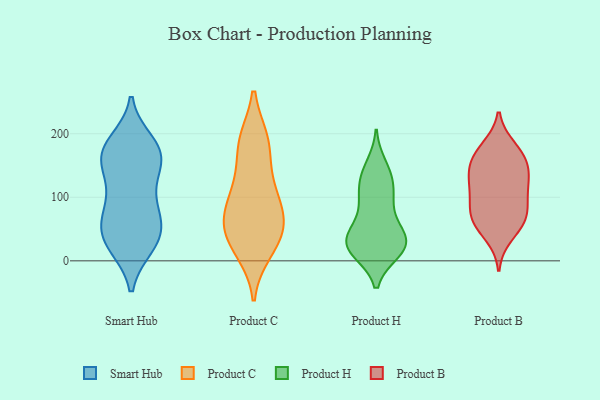
{"axis": {"x": "Latency (ms)", "y": "Value"}, "legend": ["Product B", "Product C", "Product H", "Smart Hub"], "data": [{"x": "", "y": 170, "type": "Smart Hub"}, {"x": "", "y": 153, "type": "Smart Hub"}, {"x": "", "y": 24, "type": "Smart Hub"}, {"x": "", "y": 123, "type": "Smart Hub"}, {"x": "", "y": 166, "type": "Smart Hub"}, {"x": "", "y": 84, "type": "Smart Hub"}, {"x": "", "y": 120, "type": "Smart Hub"}, {"x": "", "y": 47, "type": "Smart Hub"}, {"x": "", "y": 168, "type": "Smart Hub"}, {"x": "", "y": 61, "type": "Smart Hub"}, {"x": "", "y": 72, "type": "Smart Hub"}, {"x": "", "y": 72, "type": "Smart Hub"}, {"x": "", "y": 176, "type": "Smart Hub"}, {"x": "", "y": 28, "type": "Smart Hub"}, {"x": "", "y": 186, "type": "Smart Hub"}, {"x": "", "y": 169, "type": "Smart Hub"}, {"x": "", "y": 31, "type": "Smart Hub"}, {"x": "", "y": 29, "type": "Smart Hub"}, {"x": "", "y": 188, "type": "Product C"}, {"x": "", "y": 68, "type": "Product C"}, {"x": "", "y": 104, "type": "Product C"}, {"x": "", "y": 106, "type": "Product C"}, {"x": "", "y": 130, "type": "Product C"}, {"x": "", "y": 54, "type": "Product C"}, {"x": "", "y": 184, "type": "Product C"}, {"x": "", "y": 65, "type": "Product C"}, {"x": "", "y": 33, "type": "Product C"}, {"x": "", "y": 16, "type": "Product C"}, {"x": "", "y": 26, "type": "Product C"}, {"x": "", "y": 188, "type": "Product C"}, {"x": "", "y": 65, "type": "Product C"}, {"x": "", "y": 104, "type": "Product H"}, {"x": "", "y": 19, "type": "Product H"}, {"x": "", "y": 29, "type": "Product H"}, {"x": "", "y": 137, "type": "Product H"}, {"x": "", "y": 19, "type": "Product H"}, {"x": "", "y": 48, "type": "Product H"}, {"x": "", "y": 17, "type": "Product H"}, {"x": "", "y": 149, "type": "Product H"}, {"x": "", "y": 131, "type": "Product H"}, {"x": "", "y": 30, "type": "Product H"}, {"x": "", "y": 89, "type": "Product H"}, {"x": "", "y": 26, "type": "Product H"}, {"x": "", "y": 87, "type": "Product H"}, {"x": "", "y": 15, "type": "Product H"}, {"x": "", "y": 41, "type": "Product H"}, {"x": "", "y": 44, "type": "Product H"}, {"x": "", "y": 117, "type": "Product H"}, {"x": "", "y": 60, "type": "Product B"}, {"x": "", "y": 106, "type": "Product B"}, {"x": "", "y": 68, "type": "Product B"}, {"x": "", "y": 137, "type": "Product B"}, {"x": "", "y": 68, "type": "Product B"}, {"x": "", "y": 63, "type": "Product B"}, {"x": "", "y": 102, "type": "Product B"}, {"x": "", "y": 118, "type": "Product B"}, {"x": "", "y": 179, "type": "Product B"}, {"x": "", "y": 86, "type": "Product B"}, {"x": "", "y": 157, "type": "Product B"}, {"x": "", "y": 39, "type": "Product B"}, {"x": "", "y": 139, "type": "Product B"}, {"x": "", "y": 135, "type": "Product B"}, {"x": "", "y": 172, "type": "Product B"}, {"x": "", "y": 166, "type": "Product B"}]}